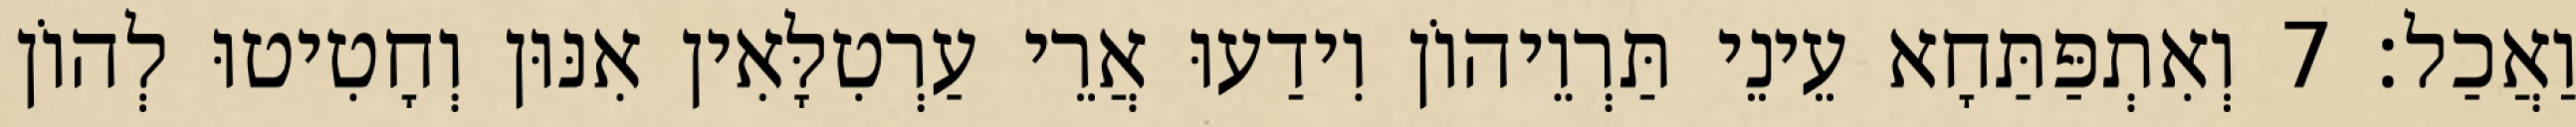
וַאֲכַל׃ 7 וְאִתְפַּתַּחָא עֵינֵי תַּרְוֵיהוֹן וִידַעוּ אֲרֵי עַרְטִלָּאִין אִנּוּן וְחָטִיטוּ לְהוֹן